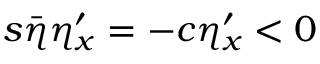
s \bar { \eta } \eta _ { x } ^ { \prime } = - c \eta _ { x } ^ { \prime } < 0